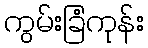
ကွမ်းခြံကုန်း